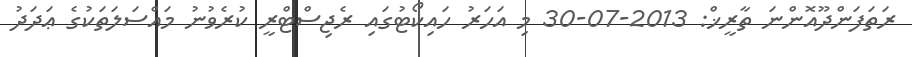
ރަތަފަންދޫއޮންނަ ތާރީޚް: 2013-07-30 މި އަހަރު ހައިކޯޓުގައި ރެޖިސްޓްރީ ކުރެވުނު މައްސަލަތަކުގެ ޢަދަދު